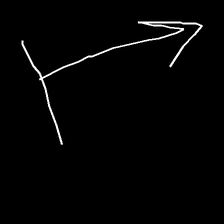
Glyph: levitation